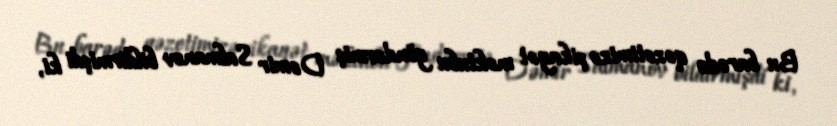
Bu barədə qəzetimizə şikayət məktubu göndərmiş Dəmir Salmanov bildirmişdi ki,